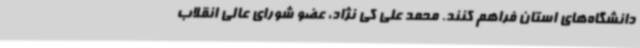
دانشگاه‌های استان فراهم کنند. محمد علی کی نژاد، عضو شورای عالی انقلاب